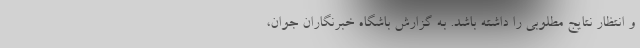
و انتظار نتایج مطلوبی را داشته باشد. به گزارش باشگاه خبرنگاران جوان،